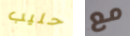
حليب مع